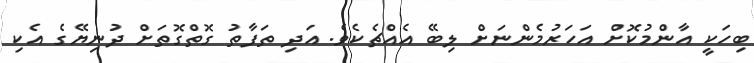
ބިހަކީ އާންމުކޮށް އަހަރުމެންނަށް ލިބޭ އެއްޗެކެވެ. އަދި ތަފާތު ގޮތްގޮތަށް ދުނިޔޭގެ އެކި